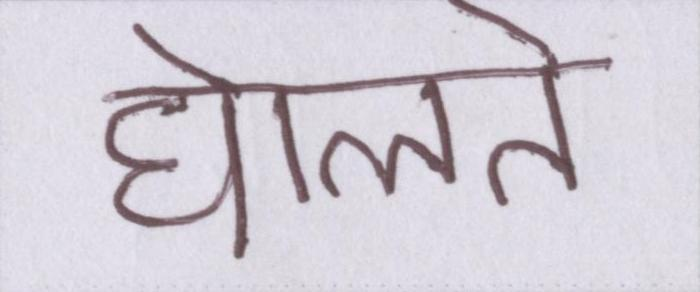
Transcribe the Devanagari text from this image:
घेालते